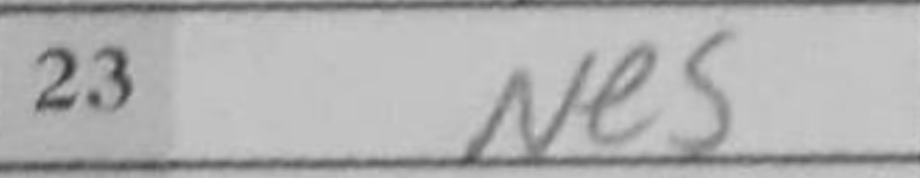
Transcription: Ne5